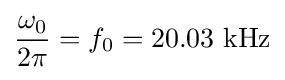
{\frac {\omega _{0}}{2\pi }}=f_{0}=20.03{\text{ kHz}}